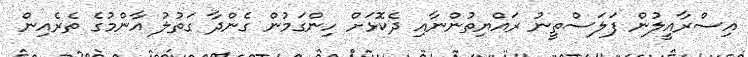
އިސްރާއީލުން ފަލަސްތީނު ރައްޔިތުންނާއި ދެކޮޅަށް ހިންގަމުން ގެންދާ ގަތުލު އާންމުގެ ތެރެއިން